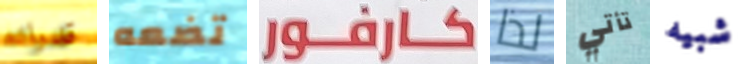
قدراته تضعه كارفور لذا تأتي شبيه